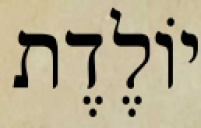
יוֹלֶדֶת